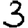
Digit: 3